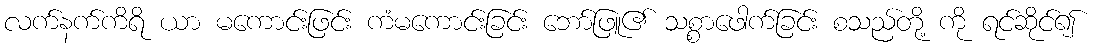
လက်နက်ကိရိ ယာ မကောင်းဖြင်း ကံမကောင်းခြင်း ဘော်ဖြူ၏ သစ္စာဖေါက်ခြင်း စသည်တို့ ကို ရင်ဆိုင်၍